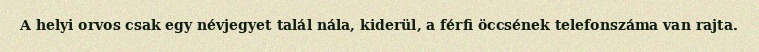
A helyi orvos csak egy névjegyet talál nála, kiderül, a férfi öccsének telefonszáma van rajta.